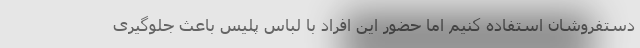
دستفروشان استفاده کنیم اما حضور این افراد با لباس پلیس باعث جلوگیری